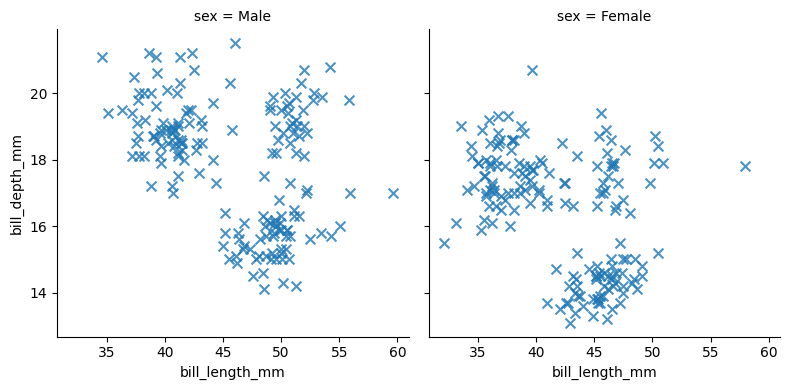
python, seaborn, lmplot, aspect=1.0, order=2, markers='x'